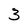
Character: 3